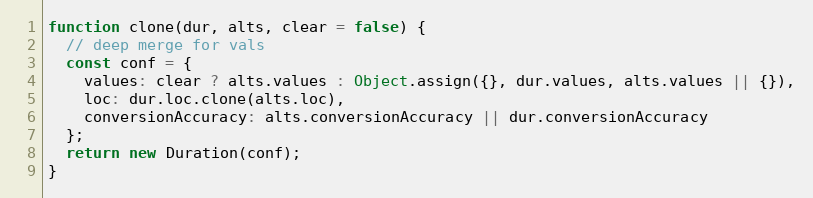
Language: JavaScript
function clone(dur, alts, clear = false) {
  // deep merge for vals
  const conf = {
    values: clear ? alts.values : Object.assign({}, dur.values, alts.values || {}),
    loc: dur.loc.clone(alts.loc),
    conversionAccuracy: alts.conversionAccuracy || dur.conversionAccuracy
  };
  return new Duration(conf);
}